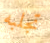
تجلبه